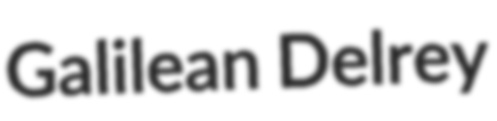
Galilean Delrey